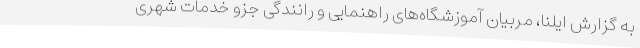
به گزارش ایلنا، مربیان آموزشگاه‌های راهنمایی و رانندگی جزو خدمات شهری